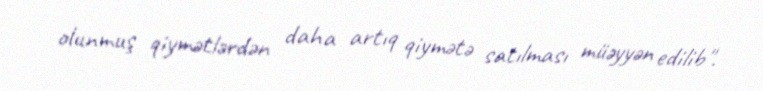
olunmuş qiymətlərdən daha artıq qiymətə satılması müəyyən edilib".